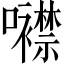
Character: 𡅢